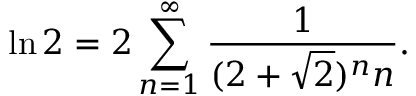
\ln 2 = 2 \sum _ { n = 1 } ^ { \infty } { \frac { 1 } { ( 2 + { \sqrt { 2 } } ) ^ { n } n } } .